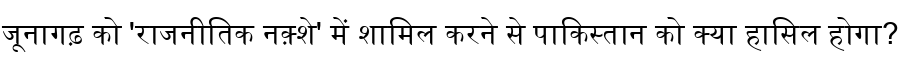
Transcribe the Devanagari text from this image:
जूनागढ़ को 'राजनीतिक नक़्शे' में शामिल करने से पाकिस्तान को क्या हासिल होगा?